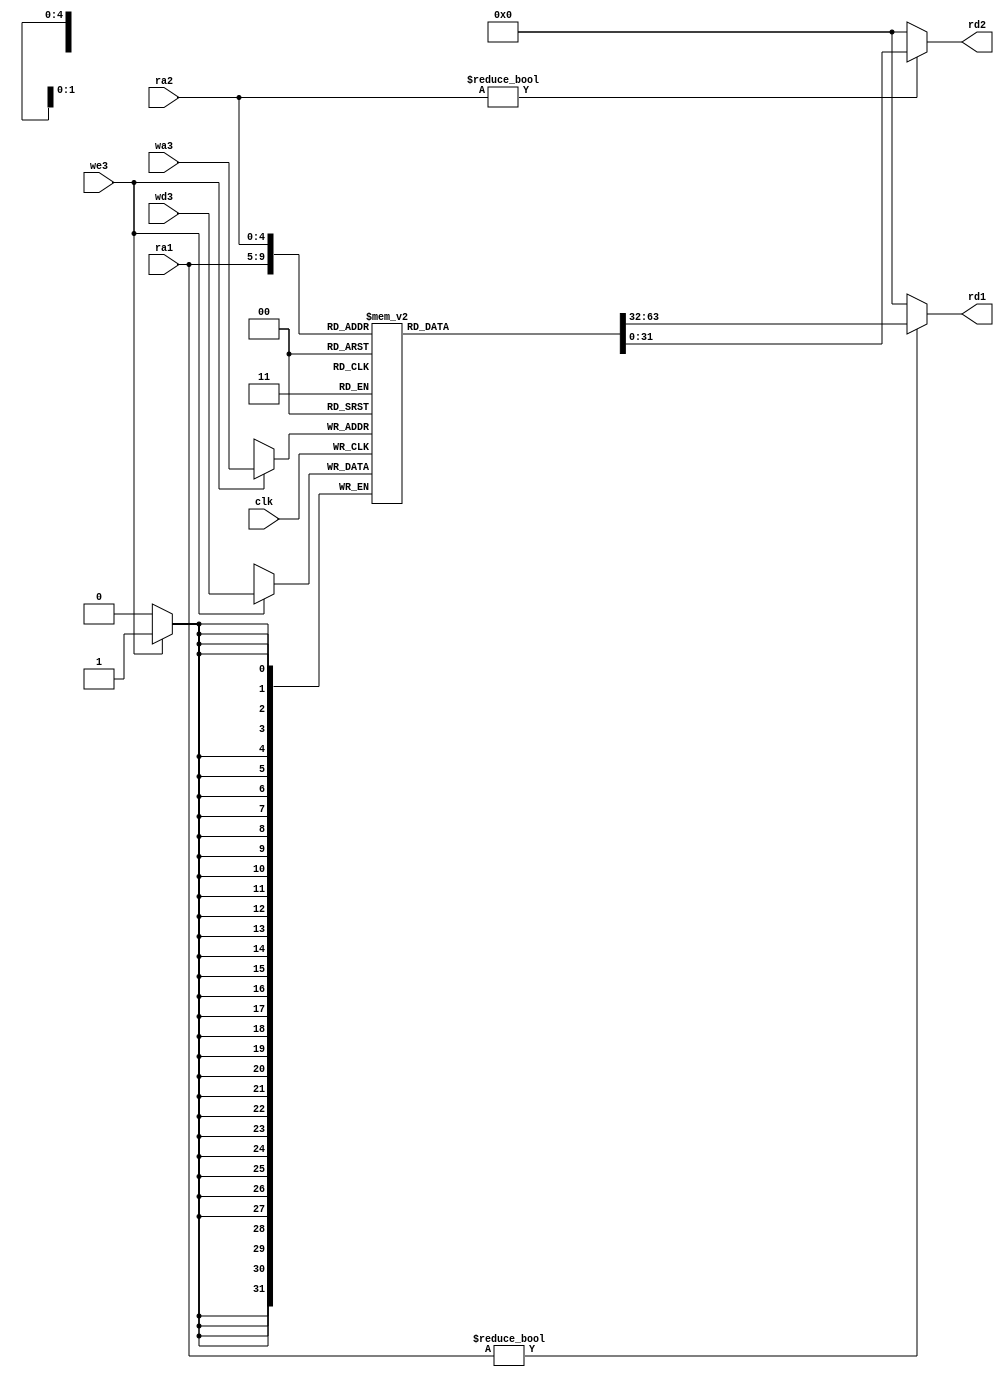
`timescale 1ns / 1ps



module regfile(
	input wire clk,
	input wire we3,               //write enable
	input wire[4:0] ra1,ra2,wa3,  //adderess
	input wire[31:0] wd3,         //write data
	output wire[31:0] rd1,rd2     //read data
    );

	reg [31:0] rf[31:0];

	always @(posedge clk) begin     //Regfiles are written along the descending edge of the clock, always written first and then read.
		if(we3) begin               //This ensures that reads and writes in the same clock cycle do not result in a data hazzard.
			 rf[wa3] <= wd3;
		end
	end

	assign rd1 = (ra1 != 0) ? rf[ra1] : 0;   //In mips, register 0 is the XZR register in arm,
	assign rd2 = (ra2 != 0) ? rf[ra2] : 0;   //which guarantees that its read-output value will always be 0.
endmodule